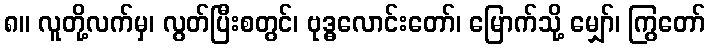
၈။ လူတို့လက်မှ၊ လွတ်ပြီးစတွင်၊ ဗုဒ္ဓလောင်းတော်၊ မြောက်သို့ မျှော်၊ ကြွတော်